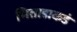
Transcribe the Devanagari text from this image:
भिताडाकडं